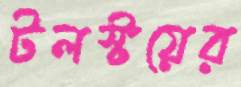
টলস্টয়ের